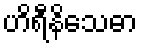
ဟိရီနိသေဓာ